Leaving Certificate Examination, 1906
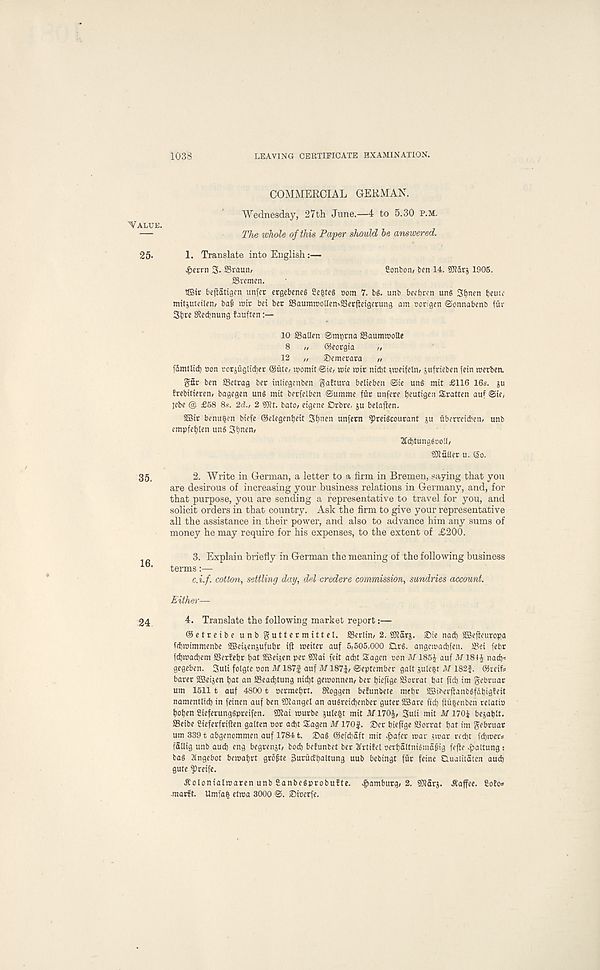
1038
LEAVING CERTIFICATE EXAMINATION.
'Value.
25-
35.
16.
24
COMMERCIAL GERMAN.
Wednesday, 27th June.—4 to 5.30 p.m.
The whole of this Paper should he answered.
1. Translate into English:—
#es:rn 3- S3raun ;
£onfcom ben 14. sflldrs 19°5 .
93vemen.
2Bir beitatigen unfer ergebene§ 2efcte§ com 7. bg. unb becbren unS 3t)nen beuie
mitjuteilen/ ba§ unr bet bee ffiaumnJ0lIen--2Serjletgerung am oorigen ©ennabenb fur
Sbre gieebnung fauften
10 aSallen ©ntfitna SSaummolle
8 „ ©eorgta ,,
12 „ J)emerara t,
fdmtlid) »on rorjuglidjer ®ute, momit©ie, rate mit niebt uveifetn/ sufrieben fein merbea
gttr ben SSetrag bee tnliegenben ^adura belieben @te ung mit £116 16s. ju
brebitieren/ bagegen ung mit berfelben ©umme ftir unfere beutigen Sratten auf ©te (
jebe @ £58 8s. 2d., 2 Wt. bate, etgene Orbre, ju belajlen.
SBtt benu|cn biefe ©elegenbeit 3b n en unfetn ?»Eeigcourant ju uberreidbem unb
empfebten ung Sbnen,
2fcbtunggoo!0
?9iaUer u. (5o.
2. Write in German, a letter to a firm in Bremen, saying that you
are desirous of increasing your business relations in Germany, and, for
that purpose, you are sending a representative to travel for you, and
solicit orders in that country. Ask the firm to give your representative
all the assistance in their power, and also to advance him any sums of
money he may require for his expenses, to the extent of £200.
3. Explain briefly in German the meaning of the following business
terms:—
c.i.f. cotton, settling day, del credere commission, sundries account.
Either—
4. Translate the following market report:—
©etreibeunbguttermittel. SScrlin, 2. SKSrj. ®ie nad) SBeflouropa
fdbmimmenbe aBct^enjufubr ijl roeitet auf 5,505,000 £lrg. angcmacbfen. SSet febr
febmadbem SBerfebr bat SBetjen per 5J?at feit ad)t Sagcn con M185J auf M184J nad)-=
gegeben. Suit folgte con M187f auf AflSTi, September gait jule^t M 182f. ©retfs
barer 2Beijen bat an SSeadbtung md)t getconnen, ber bieftge fBorrat bat fid) im gebruar
urn 1511 t auf 48001 oermebrt. Sloggen beEunbete mebr 2Biherjlanbgfdbigfeit
namentlid) in feinen auf ben SDtangel an augreicbenber guter SBare fid) ftu§enben relatio
boben Sieferunggpreifen. SOtai murbe $ule&t mit M1704, Suit mit Af 170± bejablt.
SSetbe gieferfrtften gotten cor ad)t Sagen M 170|. ® e r bieftge SJorrat bat im gebruat
urn 3391 abgenommen auf 17841. Sag ®efd)aft mit ^>afer tear smar red)t fd)tcer*
fallig unb aud) eng begrenjt, bod) beEunbet ber TfrtiEel oerbaltnigtndfig fefie jftaltung :
bag Itngebot bemabrt grofte 3urucEbaltung uub bebingt fur feine Clualitaten aud)
gute fpreife.
^olonialwaren unb SanbegprobuEte. Hamburg, 2. ?0tarj. ^affee. £oEo*
-marft. Umfafe ettca 3000 S. Sioerfe.